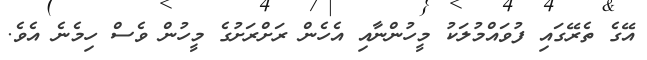
އޭގެ ތެރޭގައި ފުވައްމުލަކު މީހުންނާއި އެހެން ރަށްރަށުގެ މީހުން ވެސް ހިމެނެ އެވެ.